Annual statistical returns and brief notes on vaccination in Bengal - 1909-1929
Year: 1909
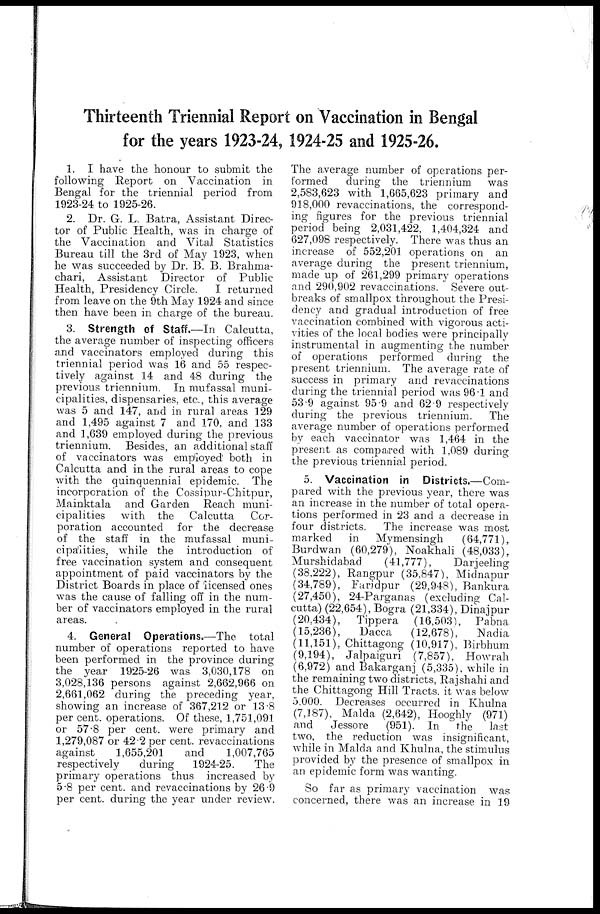
Thirteenth Triennial Report on Vaccination in Bengal
for the years 1923-24, 1924-25 and 1925-26.
1. I have the honour to submit the
following Report on Vaccination in
Bengal for the triennial period from
1923-24 to 1925-26.
2. Dr. G. L. Batra, Assistant Direc-
tor of Public Health, was in charge of
the Vaccination and Vital Statistics
Bureau till the 3rd of May 1923, when
he was succeeded by Dr. B. B. Brahma-
chari, Assistant Director of Public
Health, Presidency Circle.
I returned
from leave on the 9th May 1924 and since
then have been in charge of the bureau.
3. Strength of Staff.—In Calcutta,
the average number of inspecting officers
and vaccinators employed during this
triennial period was 16 and 55 respec-
tively against 14 and 48 during the
previous triennium. In mufassal muni-
cipalities, dispensaries, etc., this average
was 5 and 147, and in rural areas 129
and 1,495 against 7 and 170, and 133
and 1,639 employed during the previous
triennium. Besides, an additional staff
of vaccinators was employed both in
Calcutta and in the rural areas to cope
with the quinquennial epidemic. The
incorporation of the Cossipur-Chitpur,
Mainktala and Garden Reach muni-
cipalities with the Calcutta
Cor-
poration accounted for the decrease
of the staff in the mufassal muni-
cipalities, while the introduction of
free vaccination system and consequent
appointment of paid vaccinators by the
District Boards in place of licensed ones
was the cause of falling off in the num-
ber of vaccinators employed in the rural
areas.
4. General Operations.—The total
number of operations reported to have
been performed in the province during
the year 1925-26 was 3,030,178 on
3,028,136 persons against 2,662,966 on
2,661,062 during the preceding year,
showing an increase of 367,212 or 13.8
per cent. operations. Of these, 1,751,091
or 57.8 per cent. were primary and
1,279,087 or 42.2 per cent. revaccinations
against
1,655,201
and
1,007,765
respectively
during
1924-25.
The
primary operations thus increased by
5.8 per cent. and revaccinations by 26.9
per cent. during the year under review.
The average number of operations per-
formed
during the triennium
was
2,583,623 with 1,665,623 primary and
918,000 revaccinations, the correspond-
ing figures for the previous triennial
period being 2,031,422, 1,404,324 and
627,098 respectively. There was thus an
increase of 552,201 operations on an
average during the present triennium,
made up of 261,299 primary operations
and 290,902 revaccinations. Severe out-
breaks of smallpox throughout the Presi-
dency and gradual introduction of free
vaccination combined with vigorous acti-
vities of the local bodies were principally
instrumental in augmenting the number
of operations performed during the
present triennium. The average rate of
success in primary and revaccinations
during the triennial period was 96.1 and
53.9 against 95.9 and 62.9 respectively
during the previous triennium.
The
average number of operations performed
by each vaccinator was 1,464 in the
present as compared with 1,089 during
the previous triennial period.
5. Vaccination in Districts.—Com-
pared with the previous year, there was
an increase in the number of total opera-
tions performed in 23 and a decrease in
four districts. The increase was most
marked
in Mymensingh
(64,771),
Burdwan (60,279), Noakhali (48,033),
Murshidabad
(41,777),
Darjeeling
(38,222), Rangpur (35,847), Midnapur
(34,789), Faridpur (29,948), Bankura
(27,450), 24-Parganas (excluding Cal-
cutta) (22,654), Bogra (21,334), Dinajpur
(20,434), Tippera (16,503), Pabna
(15,236),
Dacca
(12,678),
Nadia
(11,151), Chittagong (10,917), Birbhum
(9,194), Jalpaiguri (7,857), Howrah
(6,972) and Bakarganj (5,335), while in
the remaining two districts, Rajshahi and
the Chittagong Hill Tracts. it was below
5,000. Decreases occurred in Khulna
(7,187), Malda (2,642), Hooghly (971)
and
Jessore
(951). In
the
last
two, the reduction was insignificant,
while in Malda and Khulna, the stimulus
provided by the presence of smallpox in
an epidemic form was wanting.
So far as primary vaccination was
concerned, there was an increase in 19